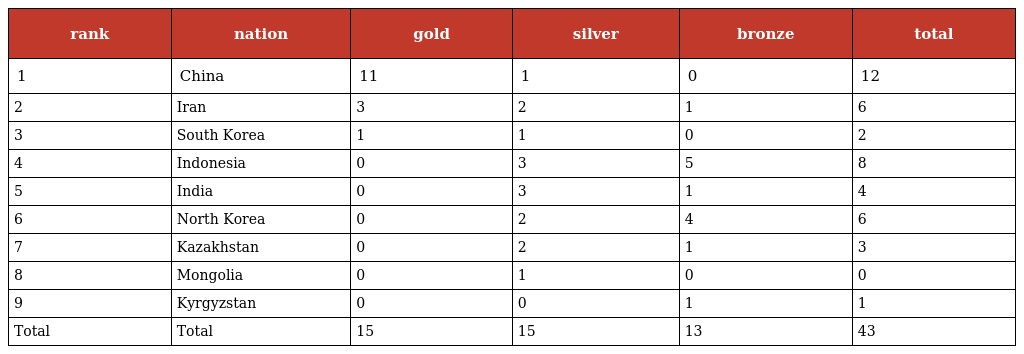
| rank | nation | gold | silver | bronze | total |
 | --- | --- | --- | --- | --- | --- |
 | 1 | China | 11 | 1 | 0 | 12 |
 | 2 | Iran | 3 | 2 | 1 | 6 |
 | 3 | South Korea | 1 | 1 | 0 | 2 |
 | 4 | Indonesia | 0 | 3 | 5 | 8 |
 | 5 | India | 0 | 3 | 1 | 4 |
 | 6 | North Korea | 0 | 2 | 4 | 6 |
 | 7 | Kazakhstan | 0 | 2 | 1 | 3 |
 | 8 | Mongolia | 0 | 1 | 0 | 0 |
 | 9 | Kyrgyzstan | 0 | 0 | 1 | 1 |
 | Total | Total | 15 | 15 | 13 | 43 |